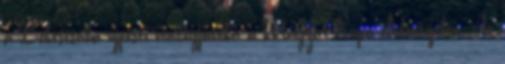
a Békéscsaba újpesti vendégjátéka a Magyar Kupa elődöntőjében. Az